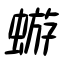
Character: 蝣